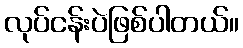
လုပ်ငန်းပဲဖြစ်ပါတယ်။